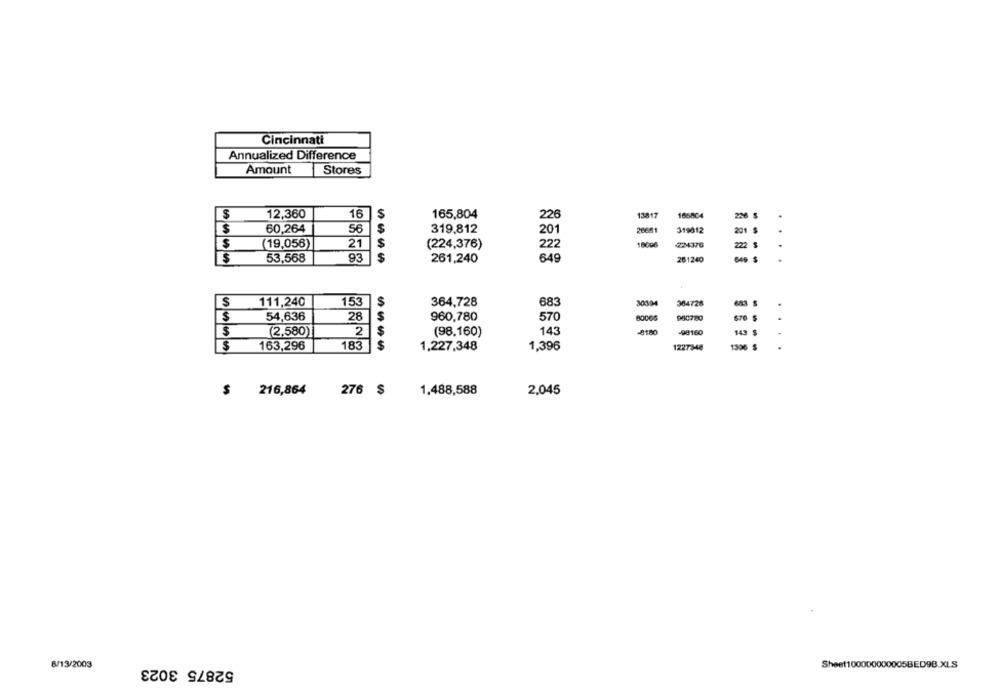
Cincinnati
Annualized Difference
Amount
Stores
12,360
16
S
165,804
13817
165804
226
S
60,264
56
S
319,812
20651
319012
201
$
21
$
18006
-224376
(19,056)
(224,376)
222
S
$
53,568
261,240
649
261240
649
...
111,240
153
S
364,728
683
30334
364728
.
54,636
28
S
960,780
570
80065
960780
670 $
$
(2,580)
2
(98.160)
143
-8180
-98160
143 $
$
163,296
183
$
1,227,348
1,396
1227348
1300 $
$
216,864
276 $
1.488,588
2,045
8/13/2003
52875 3023
Sheet100000000005BED9B.XLS